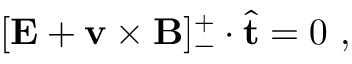
[ \mathbf { E } + \mathbf { v } \times \mathbf { B } ] _ { - } ^ { + } \cdot \hat { \mathbf { t } } = 0 ~ ,